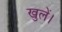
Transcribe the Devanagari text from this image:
खुलें।